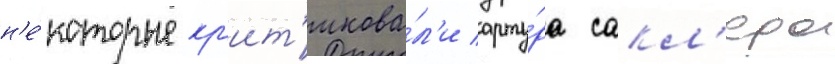
н'е́которые кр'ит'икова́л'и арту́ра сакл'ера